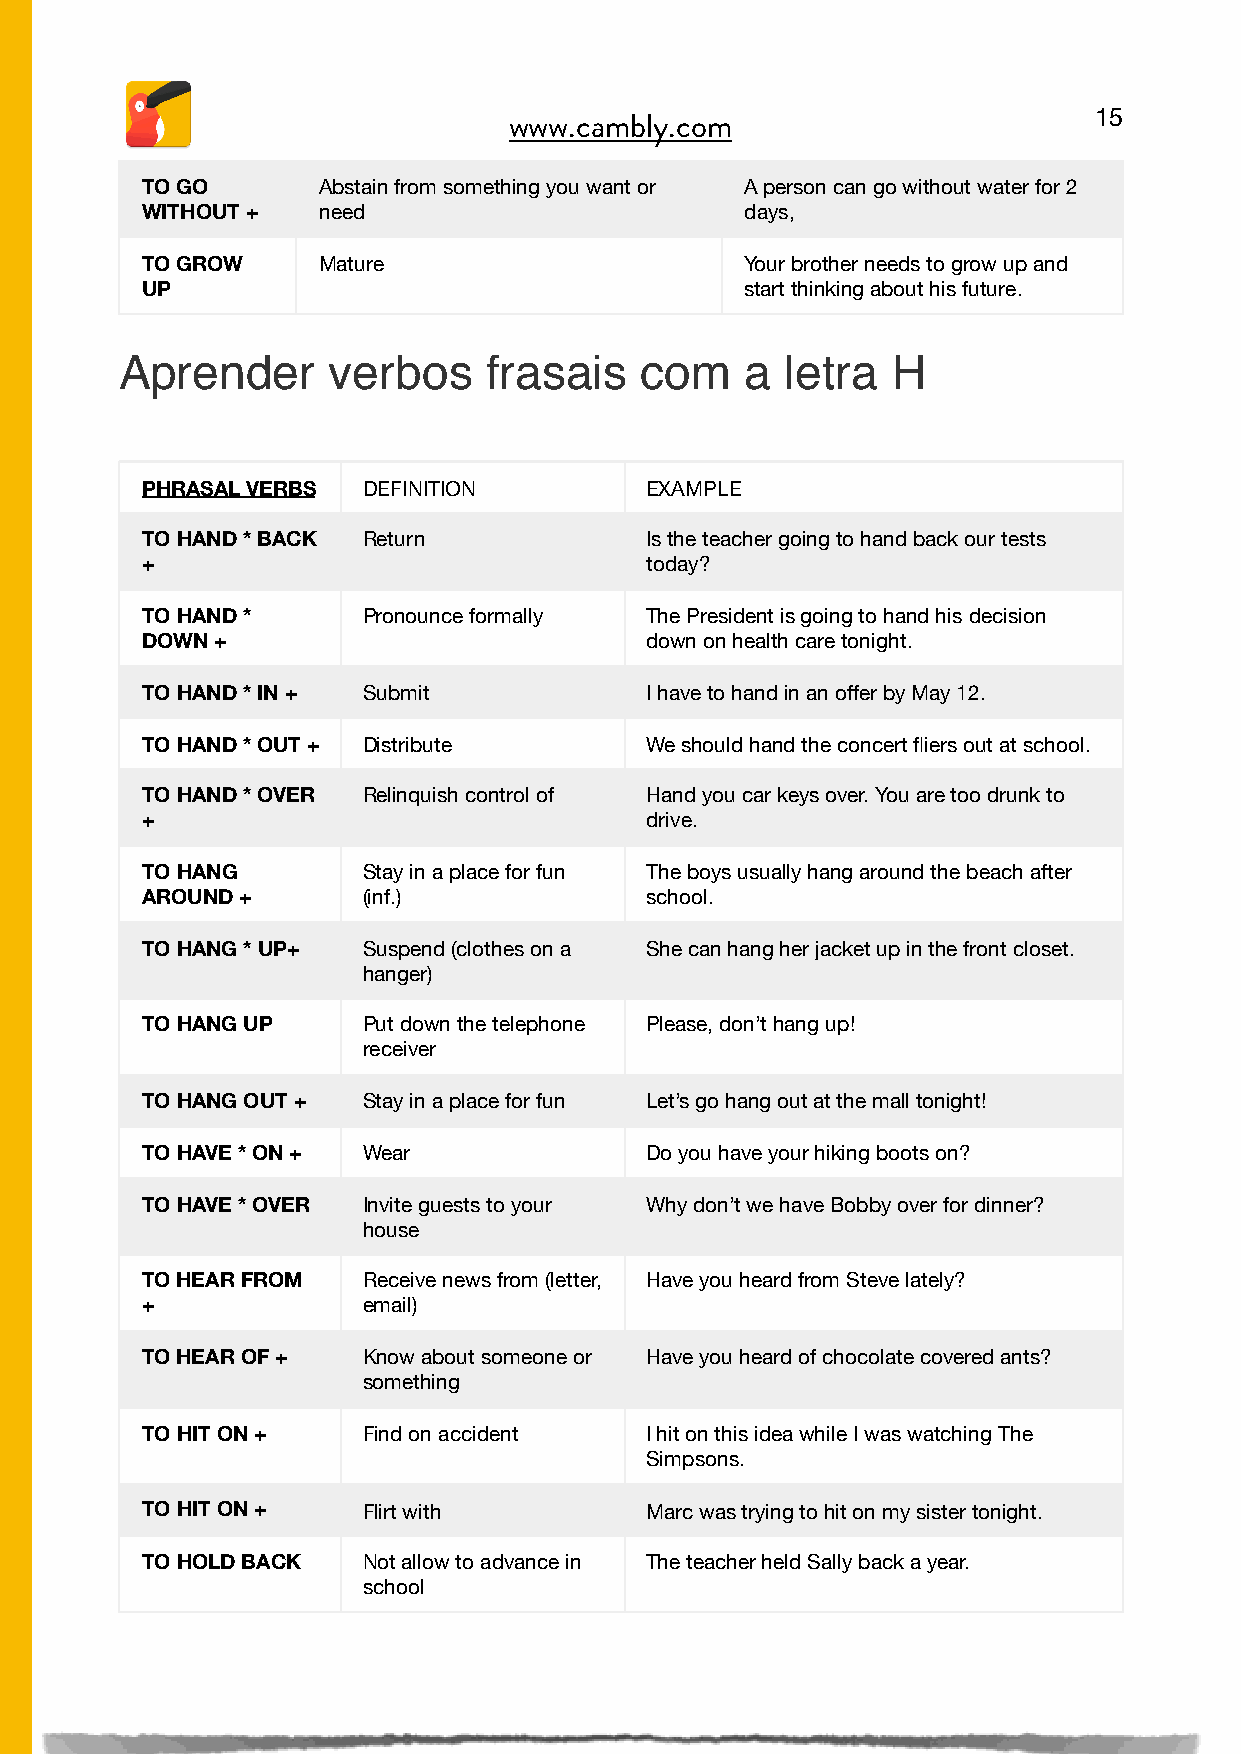
15
 www.cambly.com

 TO GO       Abstain from something you want or A person can go without water for 2
 WITHOUT +   need                        days,
 TO GROW     Mature                      Your brother needs to grow up and
 UP                                      start thinking about his future.
 Aprender      verbos    frasais   com    a  letra  H
 PHRASAL VERBS  DEFINITION         EXAMPLE
 TO HAND * BACK Return             Is the teacher going to hand back our tests
 +                                 today?
 TO HAND *      Pronounce formally The President is going to hand his decision
 DOWN +                            down on health care tonight.
 TO HAND * IN + Submit             I have to hand in an offer by May 12.
 TO HAND * OUT + Distribute        We should hand the concert fliers out at school.
 TO HAND * OVER Relinquish control of Hand you car keys over. You are too drunk to
 +                                 drive.
 TO HANG        Stay in a place for fun The boys usually hang around the beach after
 AROUND +       (inf.)             school.
 TO HANG * UP+  Suspend (clothes on a She can hang her jacket up in the front closet.
 hanger)
 TO HANG UP     Put down the telephone Please, don’t hang up!
 receiver
 TO HANG OUT +  Stay in a place for fun Let’s go hang out at the mall tonight!
 TO HAVE * ON + Wear               Do you have your hiking boots on?
 TO HAVE * OVER Invite guests to your Why don’t we have Bobby over for dinner?
 house
 TO HEAR FROM   Receive news from (letter, Have you heard from Steve lately?
 +              email)
 TO HEAR OF +   Know about someone or Have you heard of chocolate covered ants?
 something
 TO HIT ON +    Find on accident   I hit on this idea while I was watching The
 Simpsons.
 TO HIT ON +    Flirt with         Marc was trying to hit on my sister tonight.
 TO HOLD BACK   Not allow to advance in The teacher held Sally back a year.
 school